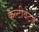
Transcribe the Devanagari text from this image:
कल्टीवेटर्ज़